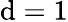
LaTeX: \mathrm{d}=1